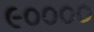
૯૦૦૦૦